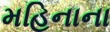
મહિનાના